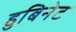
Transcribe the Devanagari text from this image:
हुबिनेट